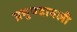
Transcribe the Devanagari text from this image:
प्रभुपदावली